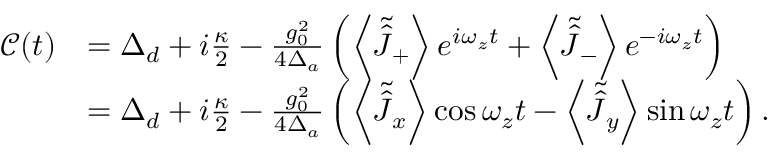
\begin{array} { r l } { \mathcal { C } ( t ) } & { = \Delta _ { d } + i \frac { \kappa } { 2 } - \frac { g _ { 0 } ^ { 2 } } { 4 \Delta _ { a } } \left( \left\langle \tilde { \hat { J } } _ { + } \right\rangle e ^ { i \omega _ { z } t } + \left\langle \tilde { \hat { J } } _ { - } \right\rangle e ^ { - i \omega _ { z } t } \right) } \\ & { = \Delta _ { d } + i \frac { \kappa } { 2 } - \frac { g _ { 0 } ^ { 2 } } { 4 \Delta _ { a } } \left( \left\langle \tilde { \hat { J } } _ { x } \right\rangle \cos \omega _ { z } t - \left\langle \tilde { \hat { J } } _ { y } \right\rangle \sin \omega _ { z } t \right) . } \end{array}